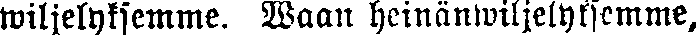
wiljelyksemme. Waan heinänwiljelyksemme,